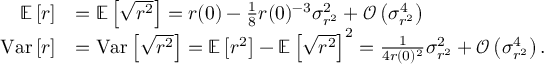
\begin{array} { r l } { \mathbb { E } \left[ r \right] } & { = \mathbb { E } \left[ \sqrt { r ^ { 2 } } \right] = r ( 0 ) - \frac { 1 } { 8 } r ( 0 ) ^ { - 3 } \sigma _ { r ^ { 2 } } ^ { 2 } + \mathcal { O } \left( \sigma _ { r ^ { 2 } } ^ { 4 } \right) } \\ { \mathrm { V a r } \left[ r \right] } & { = \mathrm { V a r } \left[ \sqrt { r ^ { 2 } } \right] = \mathbb { E } \left[ r ^ { 2 } \right] - \mathbb { E } \left[ \sqrt { r ^ { 2 } } \right] ^ { 2 } = \frac { 1 } { 4 r ( 0 ) ^ { 2 } } \sigma _ { r ^ { 2 } } ^ { 2 } + \mathcal { O } \left( \sigma _ { r ^ { 2 } } ^ { 4 } \right) . } \end{array}